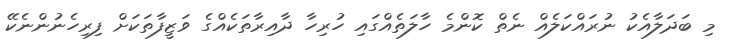
މި ބަދަލާއެކު ނުރައްކަލެއް ނެތް ކޮންމެ ހާލަތެއްގައި ހުރިހާ ދާއިރާތަކެއްގެ ވަޒީފާތަކަށް ފިރިހެނުންނެކޭ